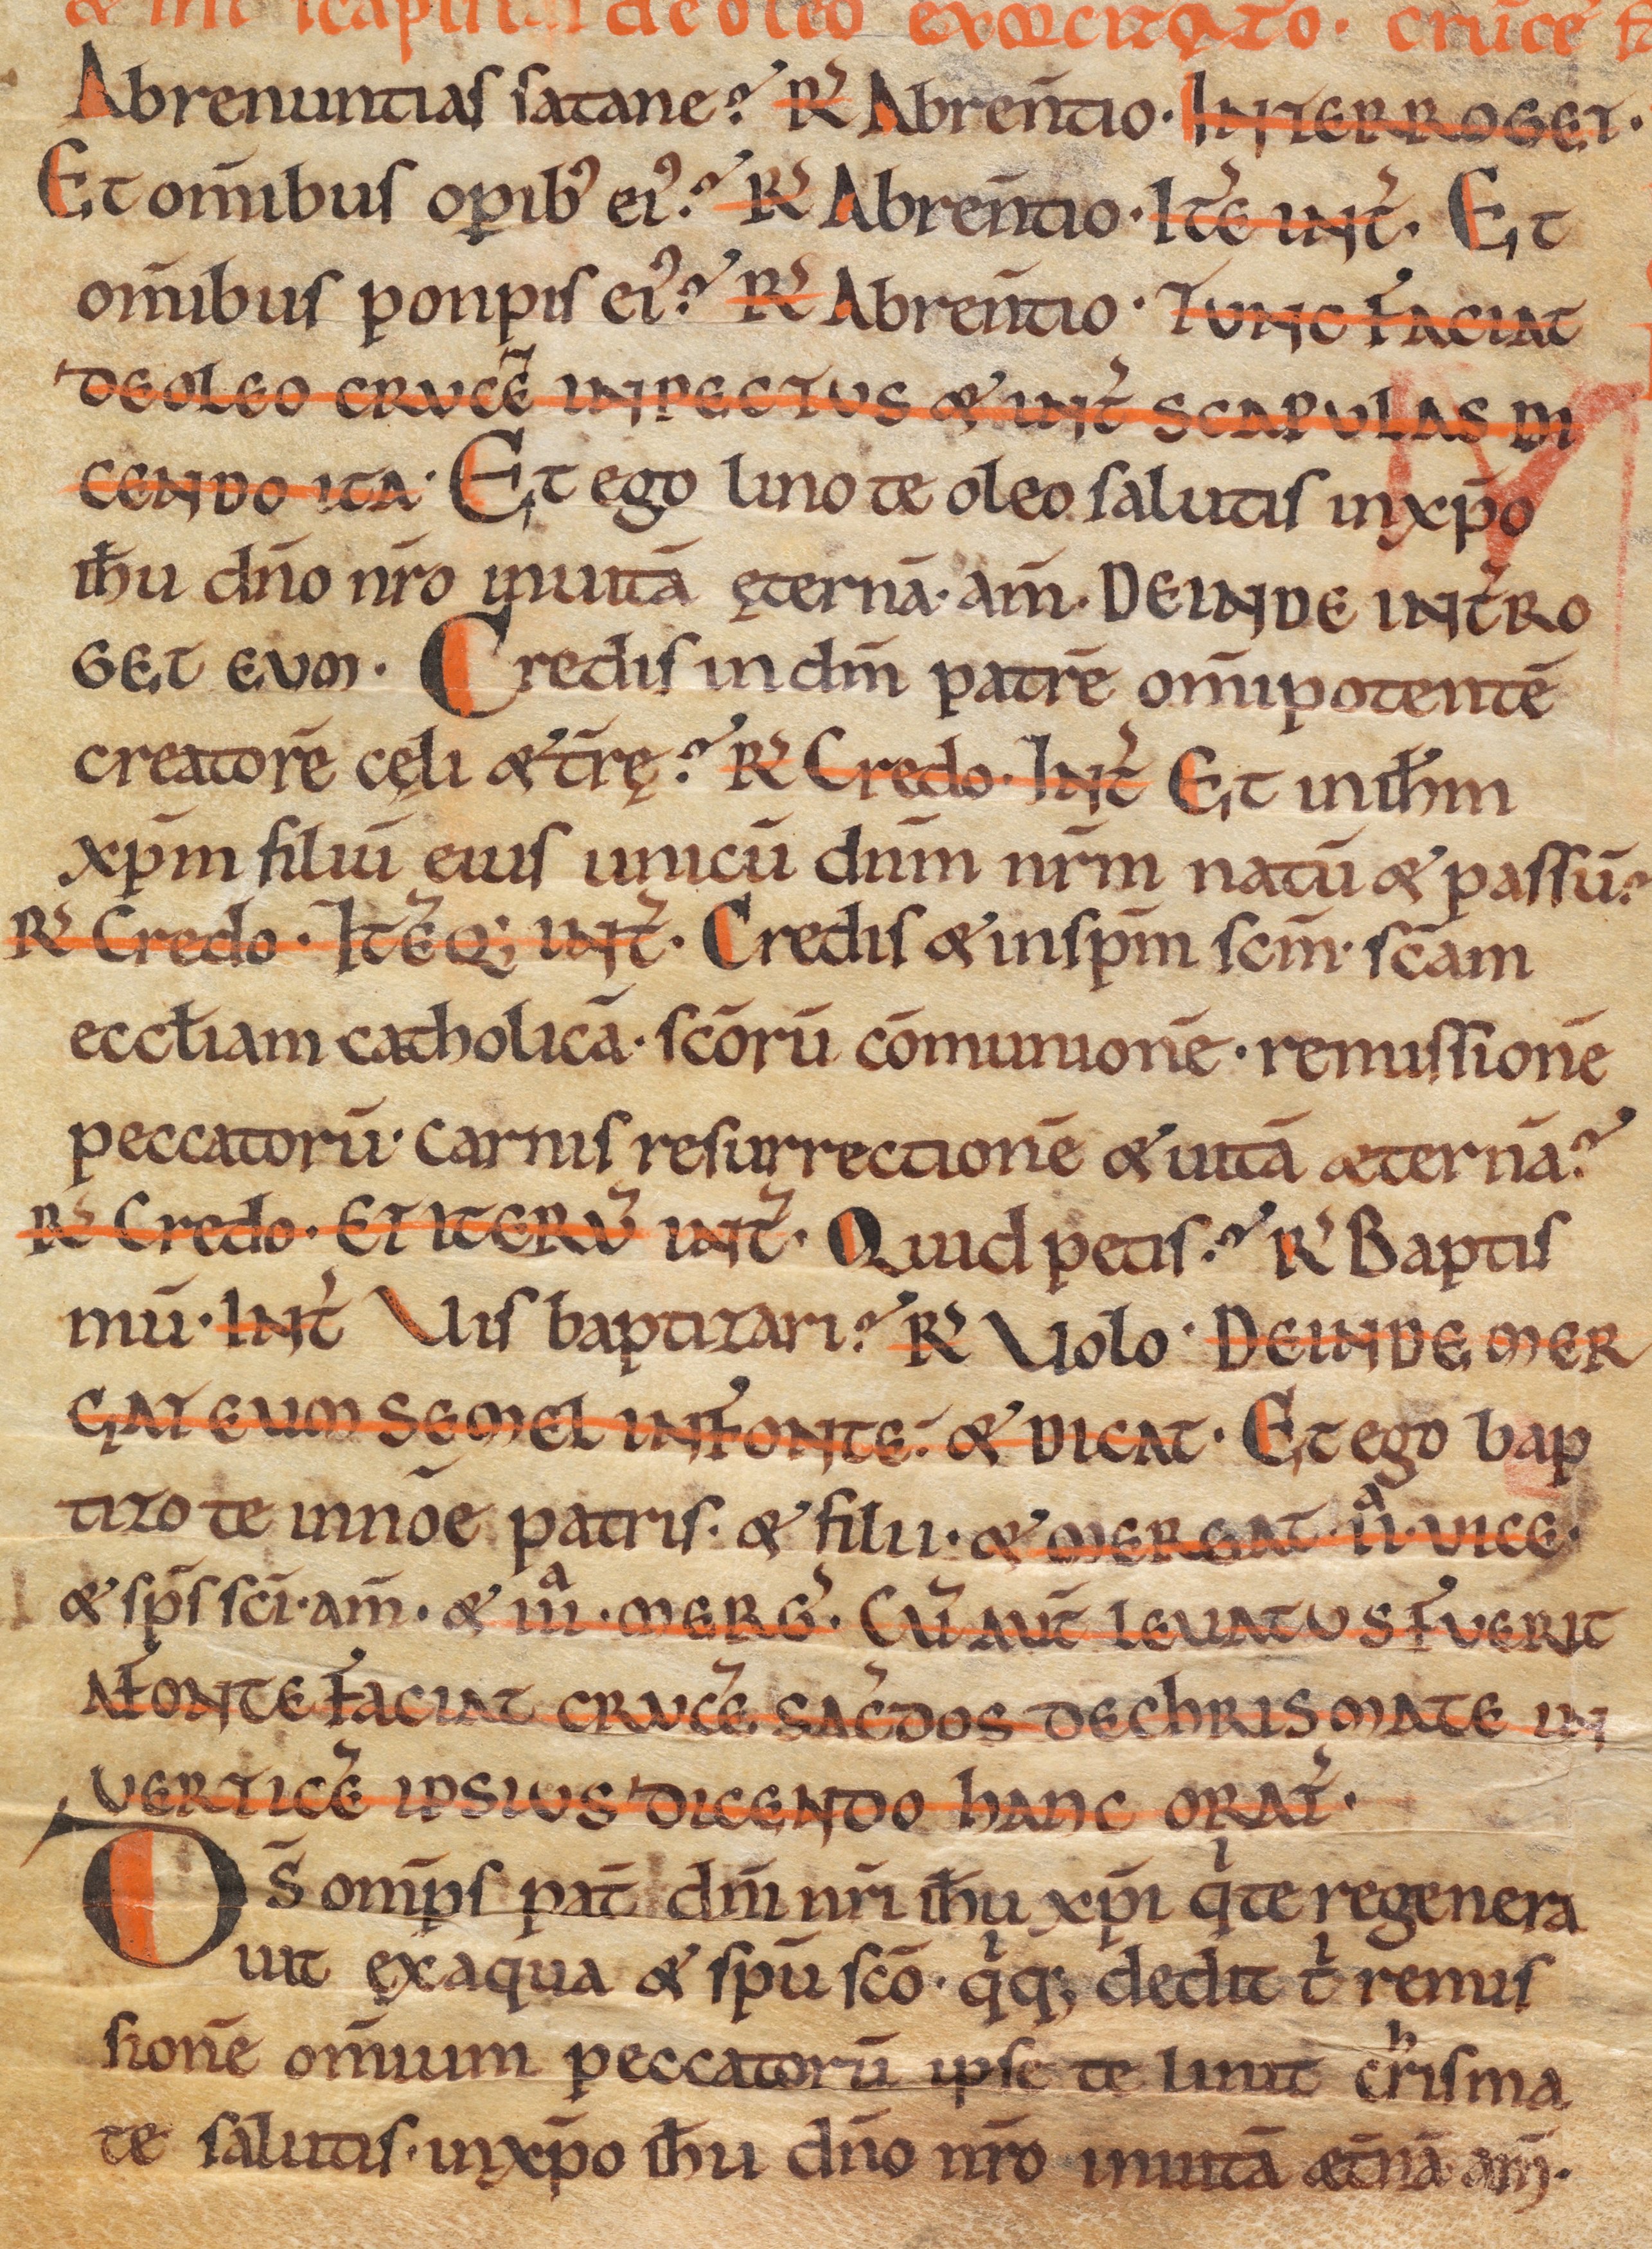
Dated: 1075–1115